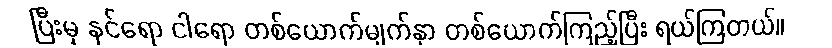
ပြီးမှ နင်ရော ငါရော တစ်ယောက်မျက်နှာ တစ်ယောက်ကြည့်ပြီး ရယ်ကြတယ်။